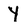
Character: Y